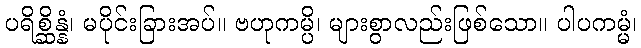
ပရိစ္ဆိန္နံ၊ မပိုင်းခြားအပ်။ ဗဟုကမ္ပိ၊ များစွာလည်းဖြစ်သော။ ပါပကမ္မံ၊